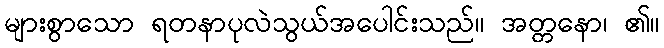
များစွာသော ရတနာပုလဲသွယ်အပေါင်းသည်။ အတ္တနော၊ ၏။